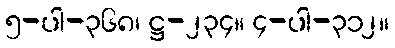
၅-ပါ-၃၆၈၊ ဋ္ဌ-၂၃၄။ ၄-ပါ-၃၁၂။